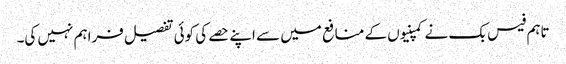
تاہم فیس بک نے کمپنیوں کے منافع میں سے اپنے حصے کی کوئی تفصیل فراہم نہیں کی۔